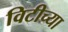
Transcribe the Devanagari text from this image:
विटीच्या